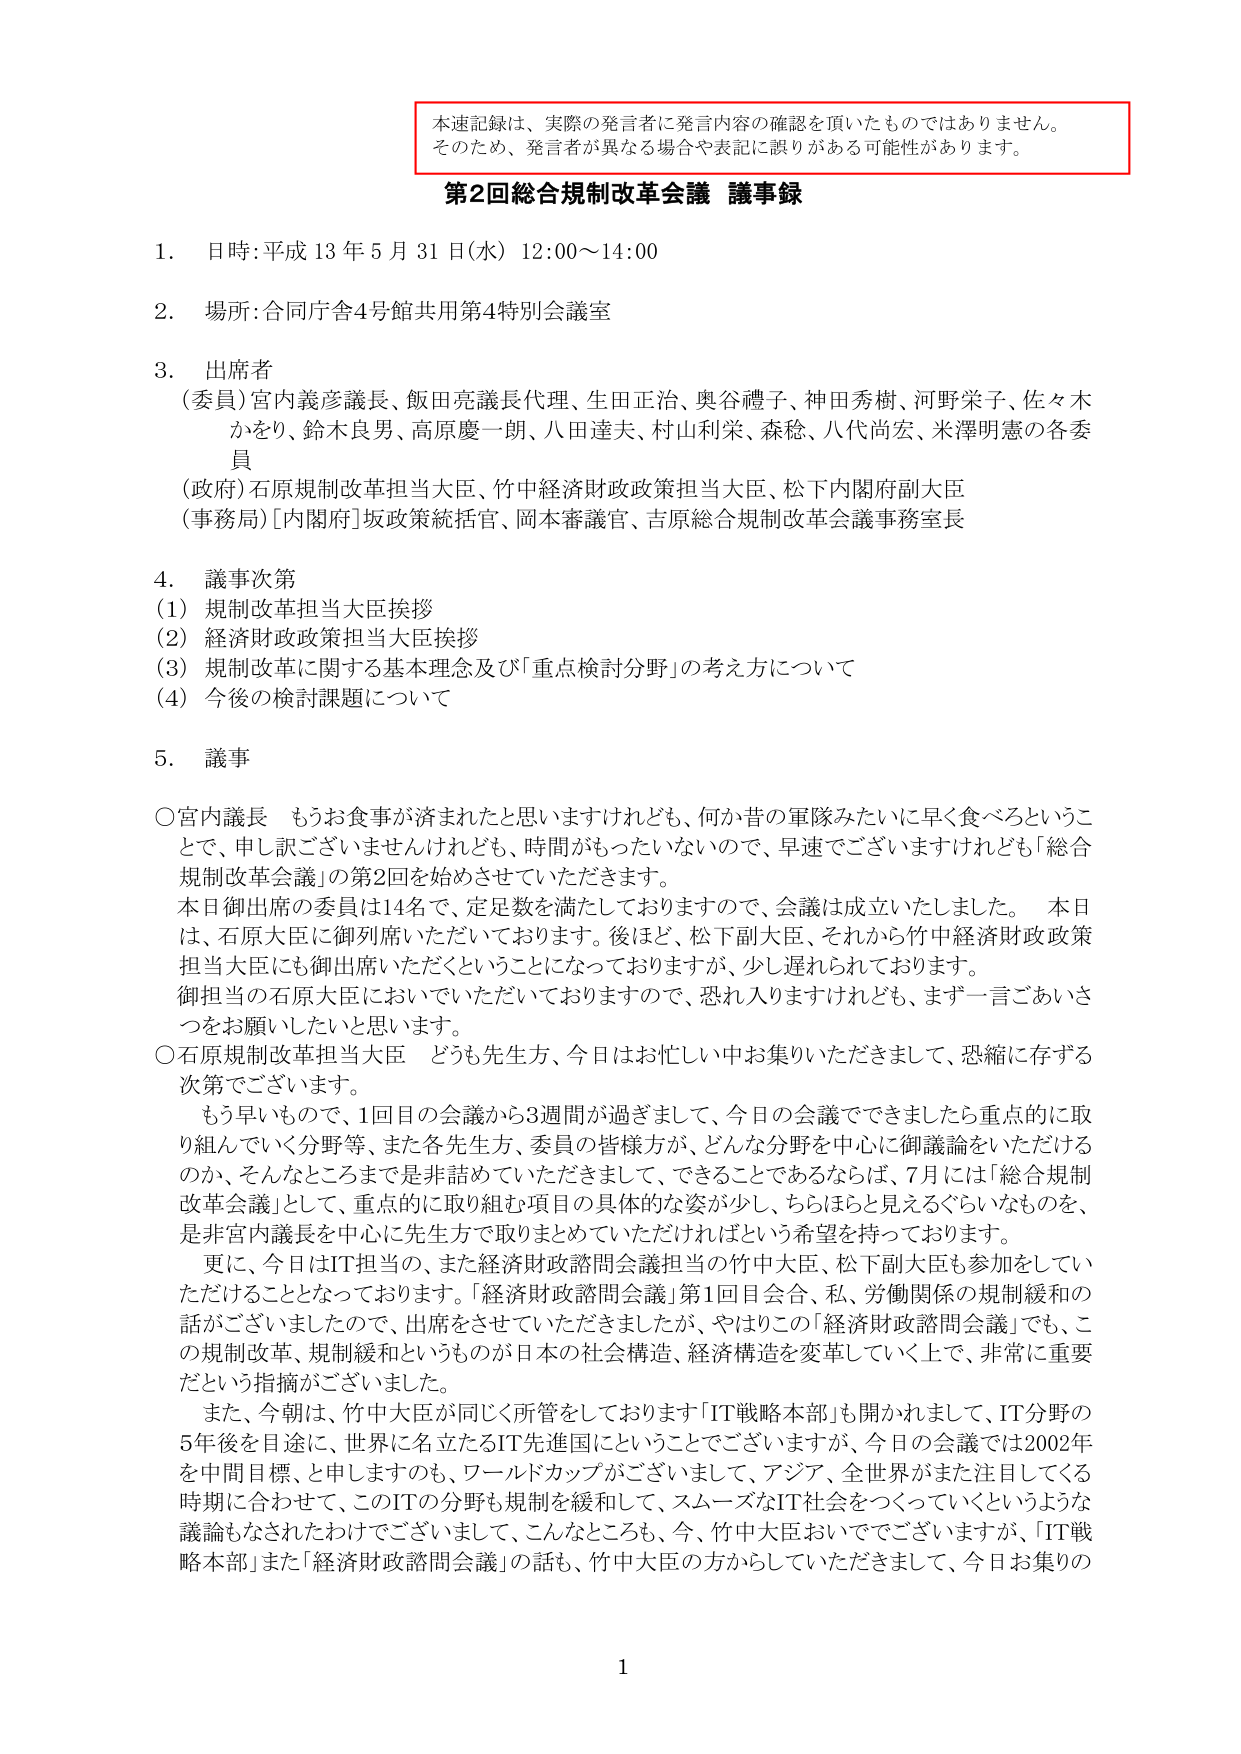
本速記録は、実際の発言者に発言内容の確認を頂いたものではありません。
そのため、発言者が異なる場合や表記に誤りがある可能性があります。

第2回総合規制改革会議 議事録

1. 日時：平成13年5月31日（水）12:00～14:00
2. 場所：合同庁舎4号館共用第4特別会議室
3. 出席者
　（委員）宮内義彦議長、飯田亮議長代理、生田正治、奥谷禮子、神田秀樹、河野栄子、佐々木かをり、鈴木良男、高原慶一朗、八田達夫、村山利栄、森稔、八代尚宏、米澤明憲の各委員
　（政府）石原規制改革担当大臣、竹中経済財政政策担当大臣、松下内閣府副大臣
　（事務局）[内閣府]坂政策統括官、岡本審議官、吉原総合規制改革会議事務室長

4. 議事次第
　(1) 規制改革担当大臣挨拶
　(2) 経済財政政策担当大臣挨拶
　(3) 規制改革に関する基本理念及び「重点検討分野」の考え方について
　(4) 今後の検討課題について

5. 議事

○宮内議長　もうお食事が済まれたと思いますけれども、何か昔の軍隊みたいに早く食べろということでお申し上げございませんけれども、時間がもったいないので、早速でございますけれども「総合規制改革会議」の第2回を始めさせていただきます。
　本日御出席の委員は14名で、定足数を満たしておりますので、会議は成立いたしました。本日は、石原大臣に御列席いただいております。後ほど、松下副大臣、それから竹中経済財政政策担当大臣にも御出席いただくことになっておりますが、少し遅れられております。
　御担当の石原大臣においでいただいておりますので、恐れ入りますけれども、まず一言ごあいさつをお願いしたいと思います。

○石原規制改革担当大臣　どうも先生方、今日はお忙しい中お集りいただきまして、恐縮に存ずる次第でございます。
　もう早いもので、1回目の会議から3週間が過ぎまして、今日の会議でできましたら重点的に取り組んでいく分野等、また各先生方、委員の皆様方が、どんな分野を中心に御議論をいただけるのか、そんなところまでは非話めていただきますと、できることであるならば、7月には「総合規制改革会議」として、重点的に取り組む項目の具体的な姿が少し、ちらほらと見えるぐらいなものを、是非宮内議長を中心に先生方で取りまとめていただければという希望を持っております。
　更に、今日はIT担当の、また経済財政諮問会議担当の竹中大臣、松下副大臣も参加をしていただけることとなっております。「経済財政諮問会議」第1回目会合、私、労働関係の規制緩和の話がございましたので、出席をさせていただきましたが、やはりこの「経済財政諮問会議」でも、この規制改革、規制緩和というものが日本の社会構造、経済構造を変革していく上で、非常に重要だという指摘がございました。
　また、今朝は、竹中大臣が同じく所管をしております「IT戦略本部」も開かれまして、IT分野の5年後を目途に、世界に名立たるIT先進国にということでございますが、今日の会議では2002年を中間目標、と申しますのも、ワールドカップがございまして、アジア、全世界がまた注目してくる時期に合わせて、このITの分野も規制を緩和して、スムーズなIT社会をつくっていくというような議論もなされたわけでございまして、こんなところも、今、竹中大臣おいででございますが、「IT戦略本部」また「経済財政諮問会議」の話も、竹中大臣の方からしていただきますと、今日お集りの

1